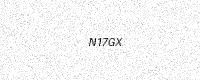
Text: N17GX